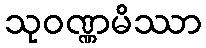
သုဝဏ္ဏမိဿာ